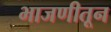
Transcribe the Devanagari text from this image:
भाजणीतून